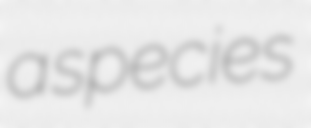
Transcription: a species